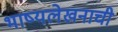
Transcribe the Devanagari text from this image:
भाष्यलेखनाची